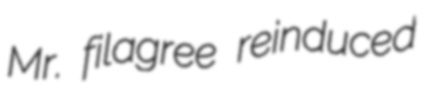
Mr. filagree reinduced